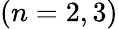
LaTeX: (n=2,3)